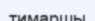
тимаршы